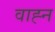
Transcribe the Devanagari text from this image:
वाह्न